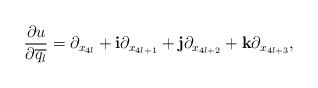
LaTeX: \begin{align*} \begin{aligned} \frac{\partial u}{\partial \overline{q_l}}=\partial_{x_{4l}}+\mathbf{i}\partial_{x_{4l+1}}+\mathbf{j}\partial_{x_{4l+2}}+\mathbf{k}\partial_{x_{4l+3}}, \end{aligned} \end{align*}